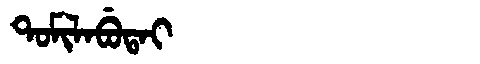
Manchu: ᡨᠣᠮᡳᠯᠠᠪᡠᡨᠠᡳ
Romanization: TOMILABUTAI